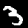
Label: 3